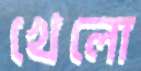
খেলো